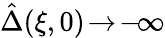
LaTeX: \hat{\Delta}(\xi,0)\! \to\! -\! \infty